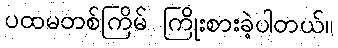
ပထမတစ်ကြိမ် ကြိုးစားခဲ့ပါတယ်။